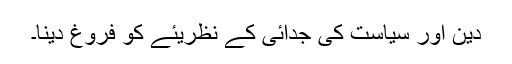
دین اور سیاست کی جدائی کے نظریئے کو فروغ دینا۔